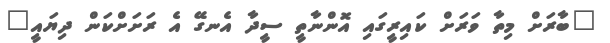
"ބާރަށް މިތާ ވަރަށް ކައިރީގައި އޮންނާތީ ސީދާ އެނގޭ އެ ރަށަށްކަން ދިޔައީ"